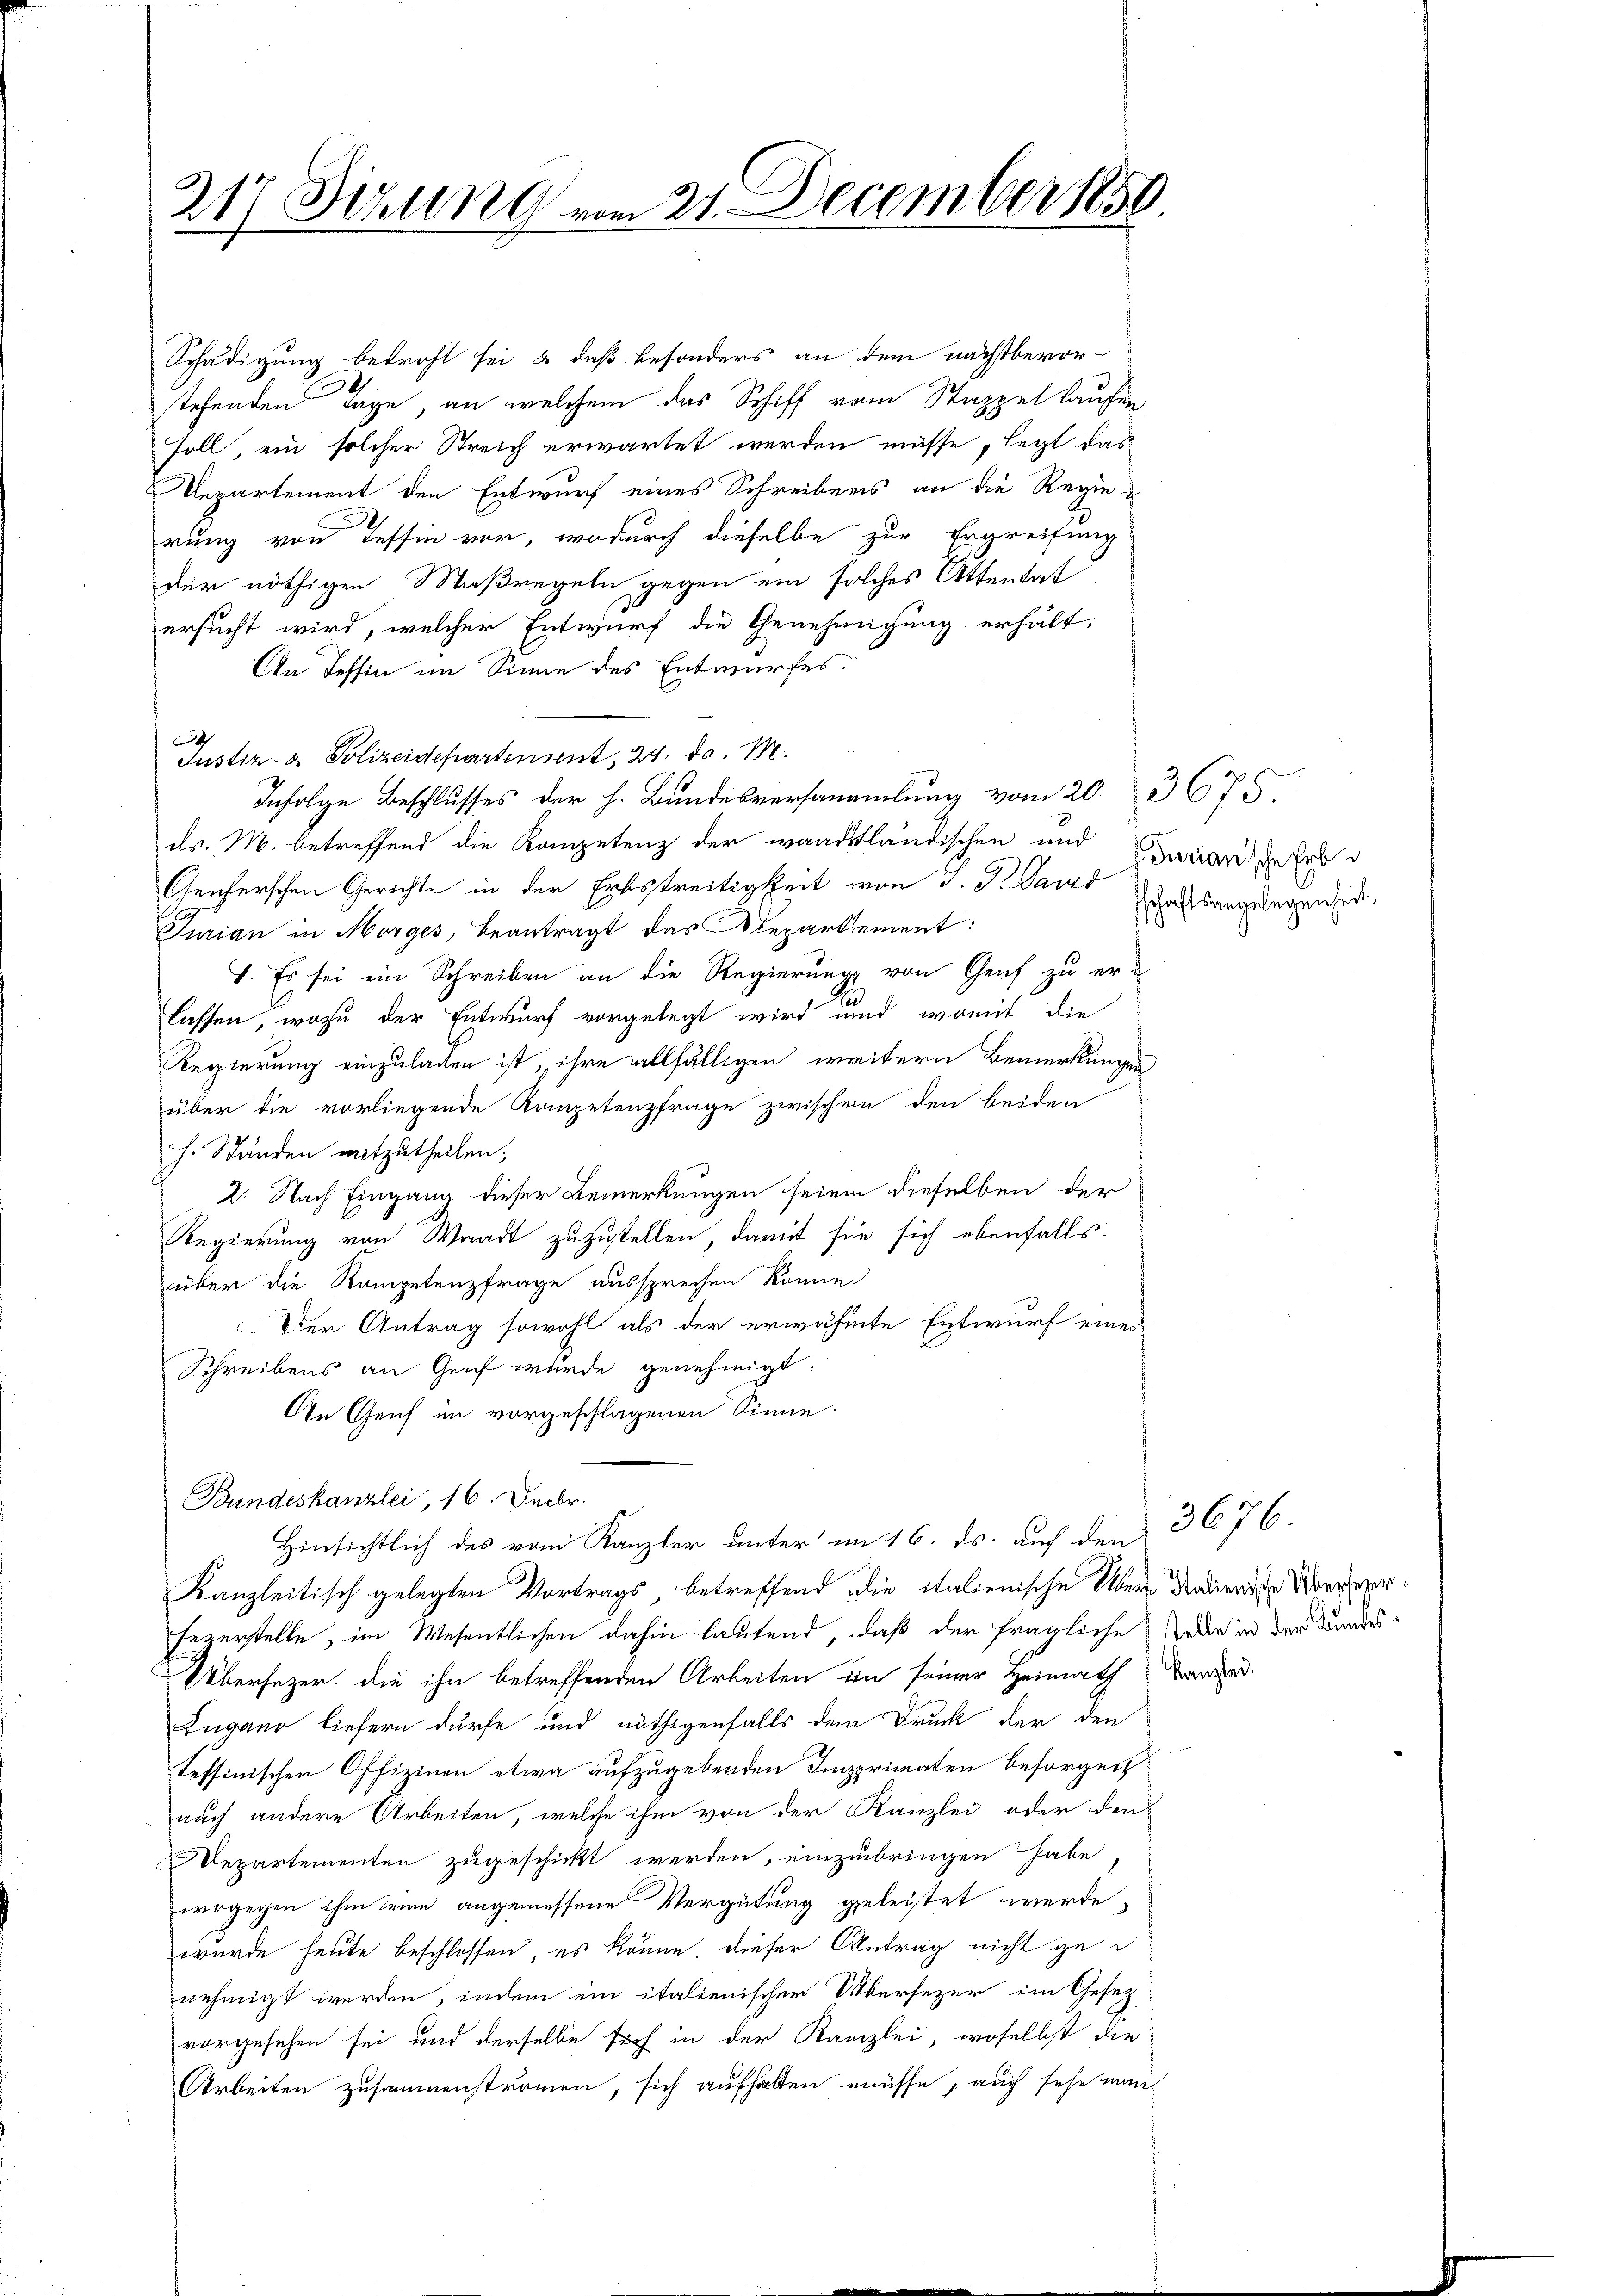
217 Firung vom 21. December 1850.

Schädigung betroft sei, & daß besonders an dem nächstbevor-
stehenden Tage, an welchem das Schiff vom Stappel laufen
soll, ein solcher Streich erwartet werden müsse, legt das
Repartement den Entwurf eines Schreibens an die Regierung von Tessin vor, wodurch dieselbe zur Ergreifung
der nöthigen Maßregeln gegen ein solches Attentat
ersucht wird, welcher Entwurf die Genehmigung erhält-
An Tessin im Sinne des Entwurfes.
Dah
Justiz- & Polizeidepartensent, 21. d. M.
Infolge Beschlusses der h. Bundesversammlung vom 20. 3675.
ds. M. betreffend die Kompetenz der waadtländischen und Mariande Erb
Geicherschen Gerichte in der Erbstreitigkeit von J. J. David
Turian in Morges, beantragt das Repartement:
1. Es sei ein Schreiben an die Regierung von Genf zu er-
lassen, wozu der Entwurf vorgelegt wird und womit die
Regierung einzuladen ist, ihre allfälligen weitern Bemerkungen
über die vorliegende Kompetenzfrage zwischen den beiden
h. Ständen mitzutheilen;
2. Nach Eingang dieser Bemerkungen seien dieselben der
Regierung von Waadt zuzustellen, damit sie sich ebenfalls
über die Kompetenzfrage aussprechen könne.
Der Antrag sowohl als der erwähnte Entwurf eines
Schreibens an Genf wurde genehmigt:
An Genf im vorgeschlagenen Sinne.
Bundeskanzlei, 16. Decbr.
Hinsichtlich des vom Kanzler unter im 16. ds. auf den
Kanzleitisch gelegten Vortrags betreffend die italienische Übern denkenden Übervorfezerstelle, im Wesentlichen dahin lautend, daß der fragliche Beden in der Bundes
Übersezer, die ihn betreffenden Arbeiten in seiner Heimath Waad
Lugano liefern dürfe und nöthigenfalls dem Druck der den
tessinischen Offizinen etwa aufzugebenden Impprimaten besorgen
auch andere Arbeiten, welche ihm von der Kanzlei oder den
Departementen zugeschickt werden, einzubringen habe
wogegen ihm seine angemessene Vergütung geleistet werde,
wurde heute beschlossen, es könne, dieser Antrag nicht genehmigt werden, indem ein italienischer Übersezer im Gesetz
vorgesehen sei und derselbe sich in der Kanzlei, woselbst die
Arbeiten zusammenstromen, sich aufhalten müsse, auch sehe man-

schaftsangelegenheit,

3676.